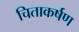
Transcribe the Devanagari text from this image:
चिताकर्षण